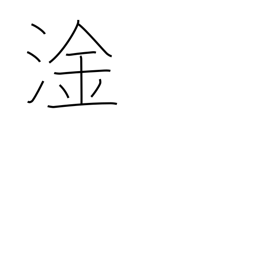
Meaning: bilge water